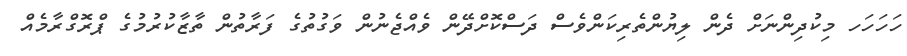
ހަހަހަހ މިކުދިންނަށް ދެން ލިޔުންތެރިކަންވެސް ދަސްކޮށްދޭން ވެއްޖެނުން ވަގުތުގެ ފަރާތުން ތާޒާކުރުމުގެ ޕްރޮގްރާމެއް